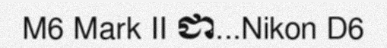
M6 Mark II ជា...Nikon D6